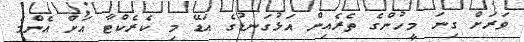
ވަރަށް ގިނަ މީހުންގެ ތެރެއިން އަޅުގަނޑުގެ އަޑޭ މި ކެރެކްޓާ އަށް އެންމެ